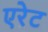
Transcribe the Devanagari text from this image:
एरेट